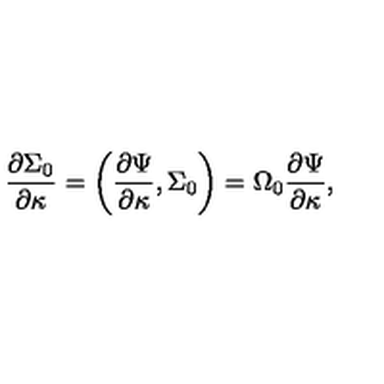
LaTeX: { \frac { \partial \Sigma _ { 0 } } { \partial \kappa } } = \left( { \frac { \partial \Psi } { \partial \kappa } } , \Sigma _ { 0 } \right) = \Omega _ { 0 } { \frac { \partial \Psi } { \partial \kappa } } ,